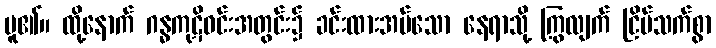
မူ၏။ ထို့နောက် ဂန္ဓကုဋိဝင်းအတွင်း၌ ခင်းထားအပ်သော နေရာသို့ ကြွလျက် ငြိမ်သက်စွာ